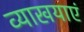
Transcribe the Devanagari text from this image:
व्याखयाएं